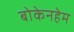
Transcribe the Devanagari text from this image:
बोकेनहेम